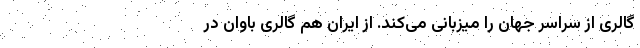
گالری از سراسر جهان را میزبانی می‌کند. از ایران هم گالری باوان در